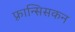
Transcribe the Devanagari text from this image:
फ़्रान्सिसकन